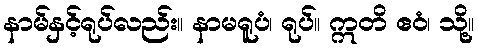
နာမ်နှင့်ရုပ်လည်း။ နာမရူပံ၊ ရုပ်။ ဣတိ ဧဝံ၊ သို့။